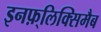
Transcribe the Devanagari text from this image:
इनफ़्लिक्सिमैब